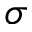
\sigma